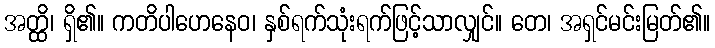
အတ္ထိ၊ ရှိ၏။ ကတိပါဟေနေဝ၊ နှစ်ရက်သုံးရက်ဖြင့်သာလျှင်။ တေ၊ အရှင်မင်းမြတ်၏။